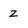
Character: z